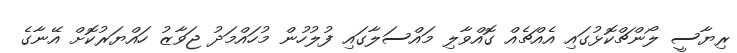
ރިޔާސީ ލޯންޗްކޮޅުގައި އެއްޗެއް ގޮއްވާލި މައްސަލާގައި ފުލުހުން މުހައްމަދު ޖަވާޒު ހައްޔަރުކޮށް އޭނާގެ